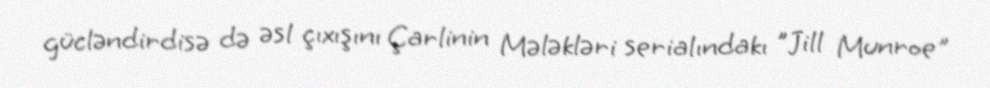
gücləndirdisə də əsl çıxışını Çarlinin Mələkləri serialındakı "Jill Munroe"